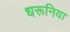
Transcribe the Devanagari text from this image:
धरूनिया